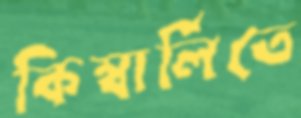
কিম্বার্লিতে